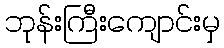
ဘုန်းကြီးကျောင်းမှ